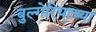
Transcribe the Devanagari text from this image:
बुल्गेरियाच्या